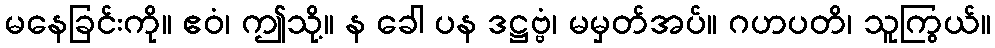
မနေခြင်းကို။ ဧဝံ၊ ဤသို့။ န ခေါ ပန ဒဋ္ဌဗ္ဗံ၊ မမှတ်အပ်။ ဂဟပတိ၊ သူကြွယ်။